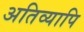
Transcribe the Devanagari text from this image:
अतिव्यापि